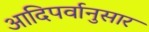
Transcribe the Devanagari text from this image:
आदिपर्वानुसार